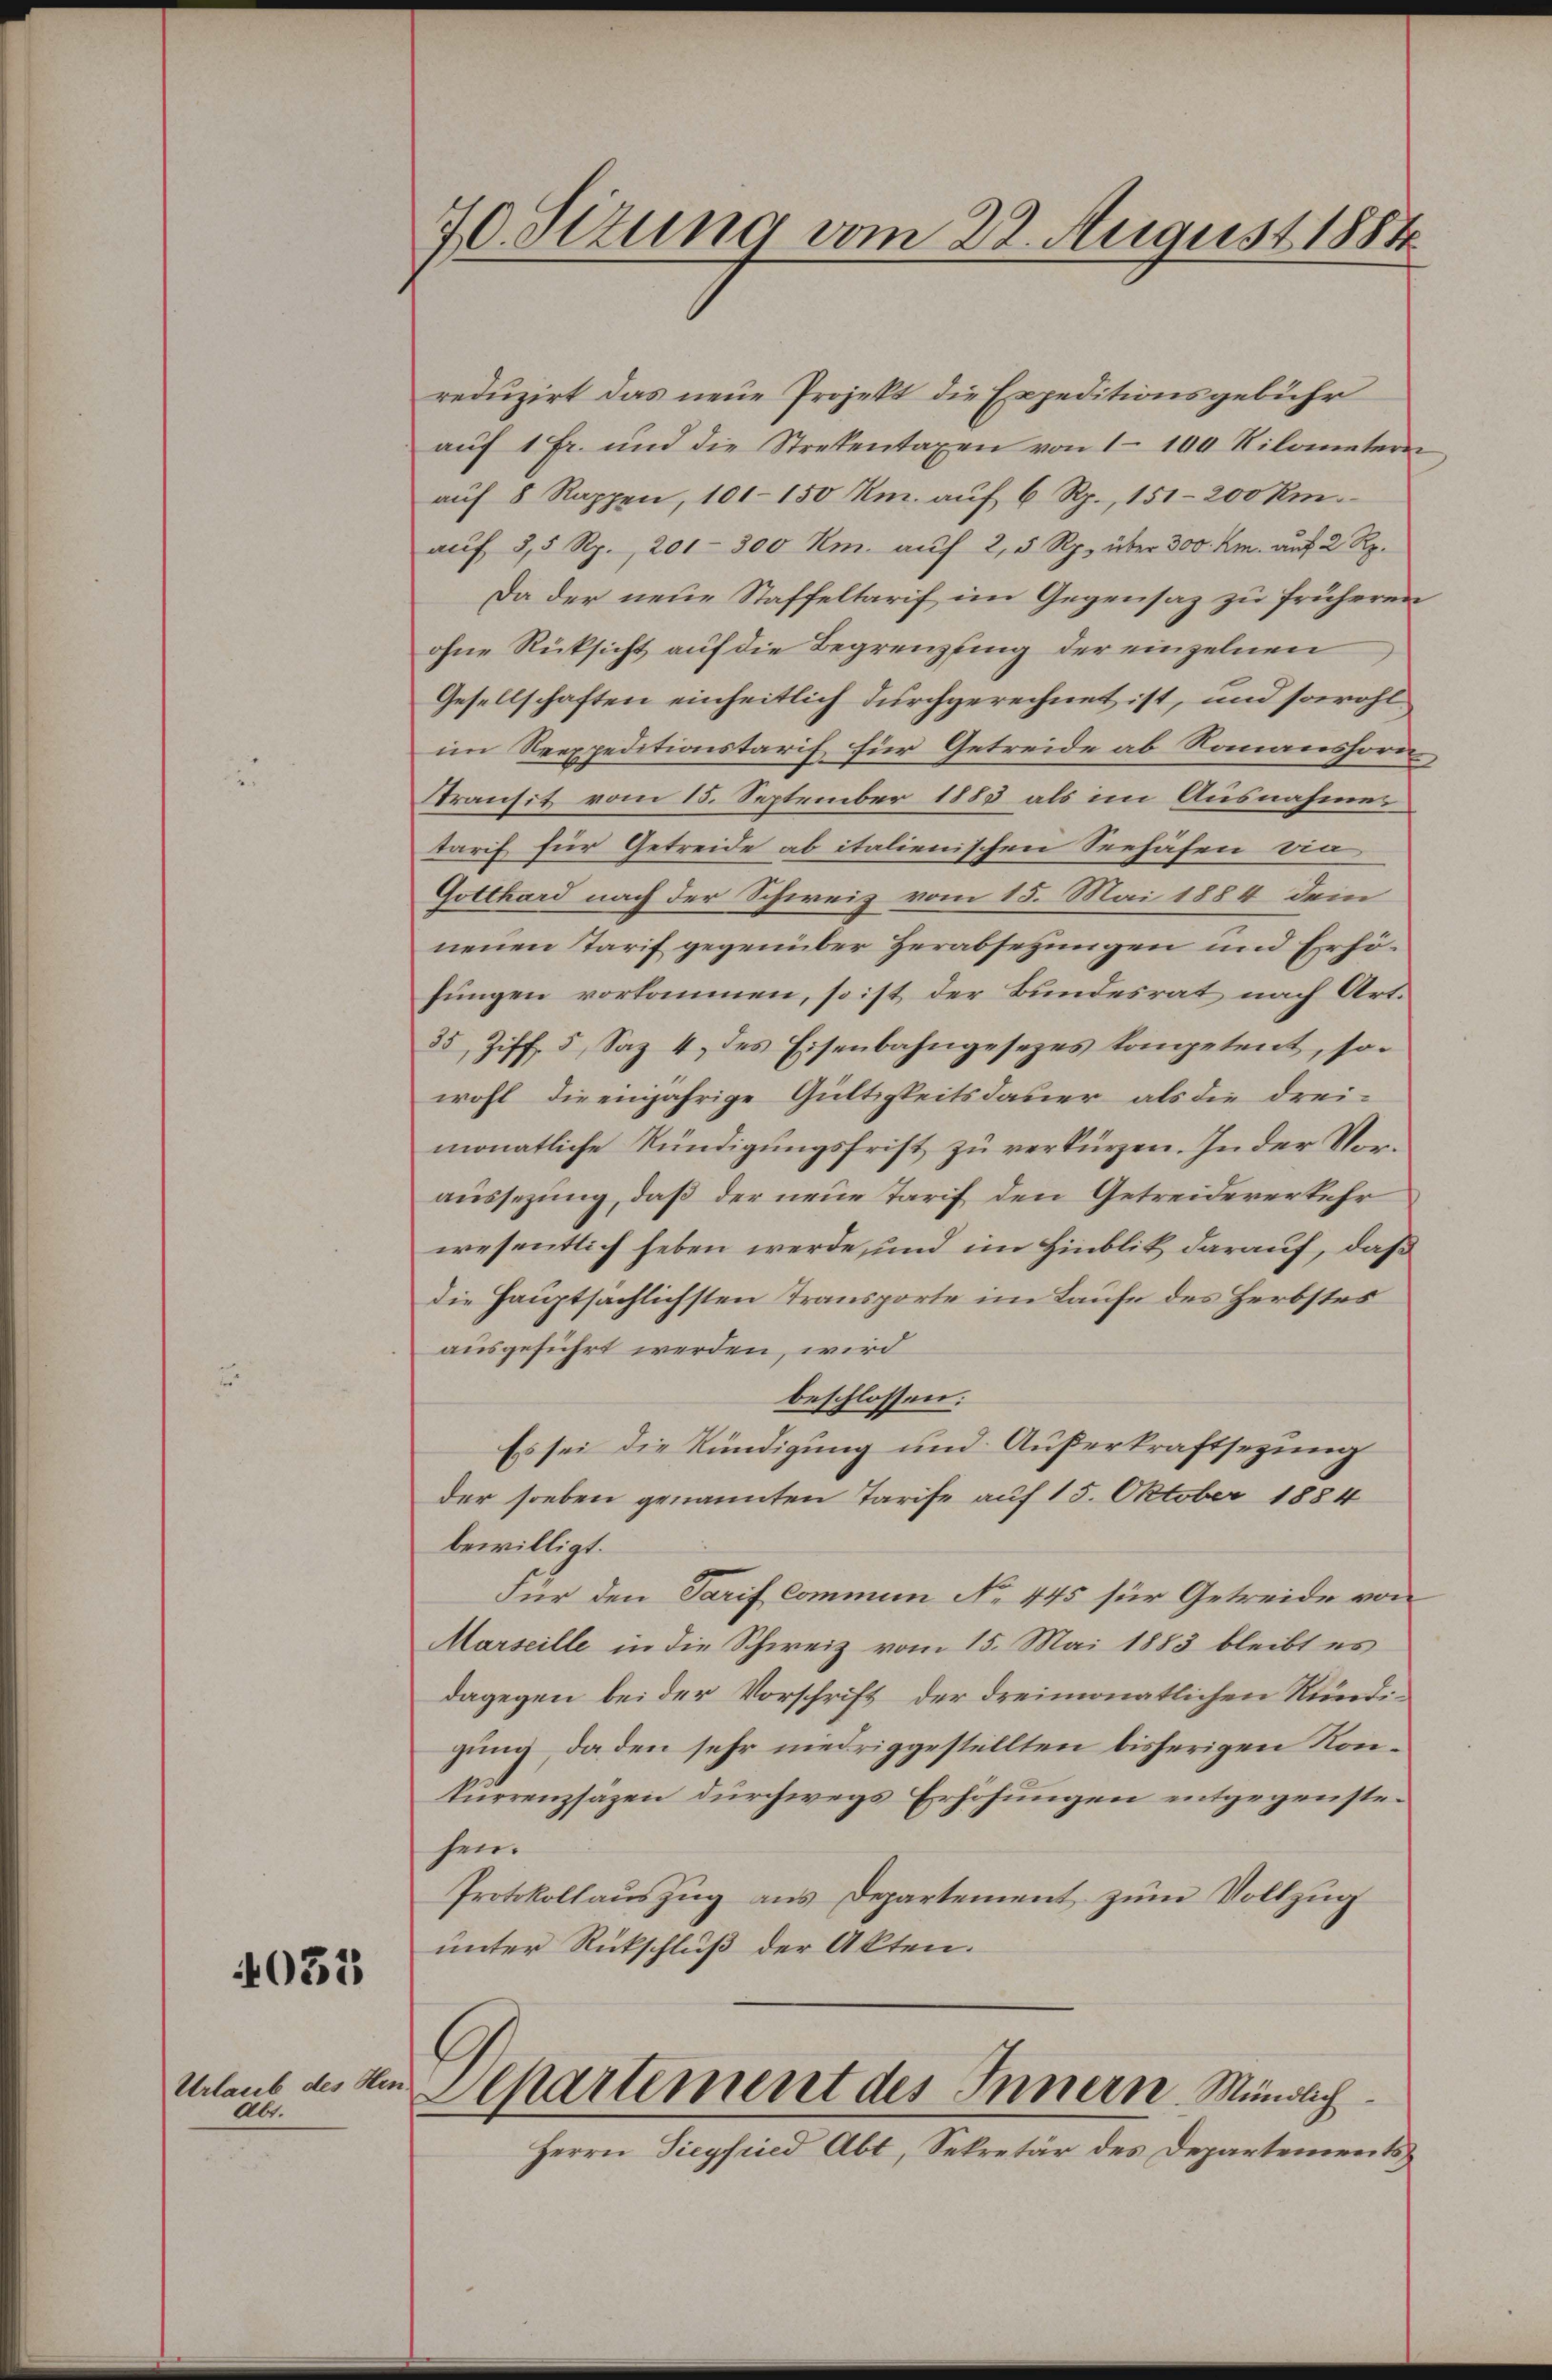
4033

Urlaub des Her
Abt.

70. Sizung vom 28. August 1884

reduzirt das neue Projekt die Expeditionsgebühr
aŭf 1 Fr. und die Strekentaxen von 1100 Kilometeri
auf 8 Rappen, 101-150 Km. auf 6 Rp., 151-200 km
aŭf 55 Rp. 201-300 m. aŭf 2, 5 Rp. über 300. Kr. auf 2 Rp.
Da der neue Staffeltarif im Gegensaz zu früheren
ohne Rücksicht auf die Begrenzling der einzelnen
Gesellschaften einheitlich durchgerechnet ist, und sowohl
im Reexpeditionstarif für Getreide ab Romanshorn
Stransit vom 15. September 1883 als im Ausnahmes
tarif für Getreide ab italienischen Seehäfen, die
Gotthard nach der Schweiz vom 15. Mai 1884 dem
neuen Tarif gegenüber Herabsetzungen und Erhösungen vorkommen, so ist der Bundesrat nach Art.
35, Ziff. 5, Saz 4 des Eisenbahngesezes kompetent, sowohl die einjährige Gültigkeitsdauer als die drei-
monatliche Kündigungsfrist zu verkürzen. In der Veraussezung, daß der neue Tarif den Getreideverkehr
wesentlich heben werde, und im Hinblik darauf, daß
die Hauptsächlichsten Transporte im Laufe des Herbstes
ausgeführt werden, wird
beschlossen:
Es sei die Kündigung und Außerkraftsezung
der soeben genannten Tarife auf 15. Oktober 1884
bewilligt.
Für den Tarif Commun No 445 für Getreide von
Marseille in die Schweiz vom 15. Mai 1883 bleibt es
dagegen bei der Vorschrift der dreimonatlichen Rindegung, da den sehr niedriggestellten bisherigen Konkurrenzsäzen durchwegs Erhöhungen entgegenstehen.
Protokollauszug aus Departement zum Vollzug
unter Rückschluß der Akten.
l
a
Separtement des Innern. Mündlich
Herrn Siegfried Abt, Sekretär des Departements